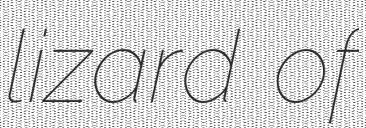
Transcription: lizard of